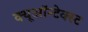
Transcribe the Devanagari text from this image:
क्यूऑन्टेक्स्ट